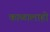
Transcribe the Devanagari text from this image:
काळालाही